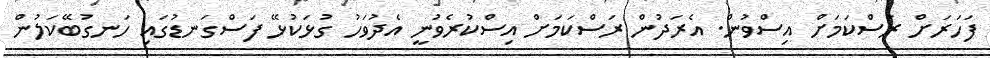
ފަހަރަށް ރަސްކަމަށް އިސްވުން. އެރަދުން ރަސްކަމަށް އިސްކުރެވުނީ އެދުވަހު ގުޅަކުޅޭ ފަސްގަނޑުގައި ހަނގުބޭކަލުން